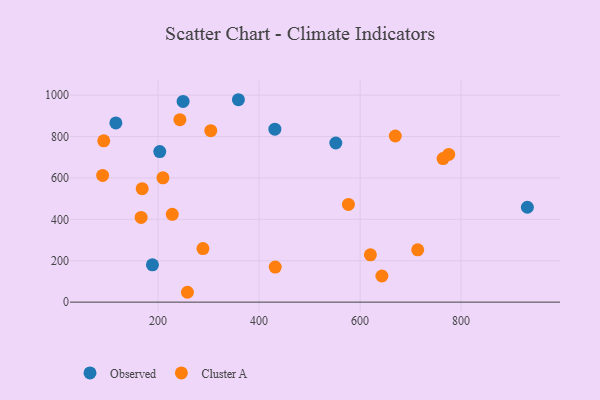
{"axis": {"x": "Investment", "y": "Salary"}, "legend": ["Cluster A", "Observed"], "data": [{"x": "203.4", "y": 727.1, "type": "Observed"}, {"x": "551.9", "y": 768.7, "type": "Observed"}, {"x": "188.9", "y": 180.0, "type": "Observed"}, {"x": "249.6", "y": 969.5, "type": "Observed"}, {"x": "431.3", "y": 835.3, "type": "Observed"}, {"x": "359.1", "y": 977.7, "type": "Observed"}, {"x": "116.5", "y": 865.4, "type": "Observed"}, {"x": "931.2", "y": 458.3, "type": "Observed"}, {"x": "432.0", "y": 169.5, "type": "Cluster A"}, {"x": "166.5", "y": 409.3, "type": "Cluster A"}, {"x": "92.5", "y": 779.4, "type": "Cluster A"}, {"x": "669.7", "y": 802.5, "type": "Cluster A"}, {"x": "304.4", "y": 828.3, "type": "Cluster A"}, {"x": "258.2", "y": 47.6, "type": "Cluster A"}, {"x": "643.2", "y": 126.2, "type": "Cluster A"}, {"x": "168.6", "y": 548.0, "type": "Cluster A"}, {"x": "243.3", "y": 881.3, "type": "Cluster A"}, {"x": "209.7", "y": 600.3, "type": "Cluster A"}, {"x": "228.2", "y": 424.0, "type": "Cluster A"}, {"x": "620.4", "y": 228.4, "type": "Cluster A"}, {"x": "775.5", "y": 713.5, "type": "Cluster A"}, {"x": "90.3", "y": 611.9, "type": "Cluster A"}, {"x": "714.1", "y": 252.8, "type": "Cluster A"}, {"x": "576.9", "y": 472.0, "type": "Cluster A"}, {"x": "764.3", "y": 693.4, "type": "Cluster A"}, {"x": "288.9", "y": 258.6, "type": "Cluster A"}]}